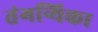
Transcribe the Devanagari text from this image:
तंगन्यिका